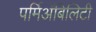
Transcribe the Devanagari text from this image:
पर्मिअॅबिलिटी